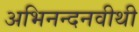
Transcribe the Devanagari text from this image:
अभिनन्दनवीथी